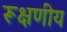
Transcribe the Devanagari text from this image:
रूक्षणीय